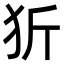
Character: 㹞